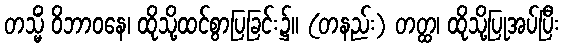
တသ္မိံ ဝိဘာဝနေ၊ ထိုသို့ထင်စွာပြခြင်း၌။ (တနည်း) တတ္ထ၊ ထိုသို့ပြုအပ်ပြီး